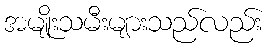
အမျိုးသမီးများသည်လည်း